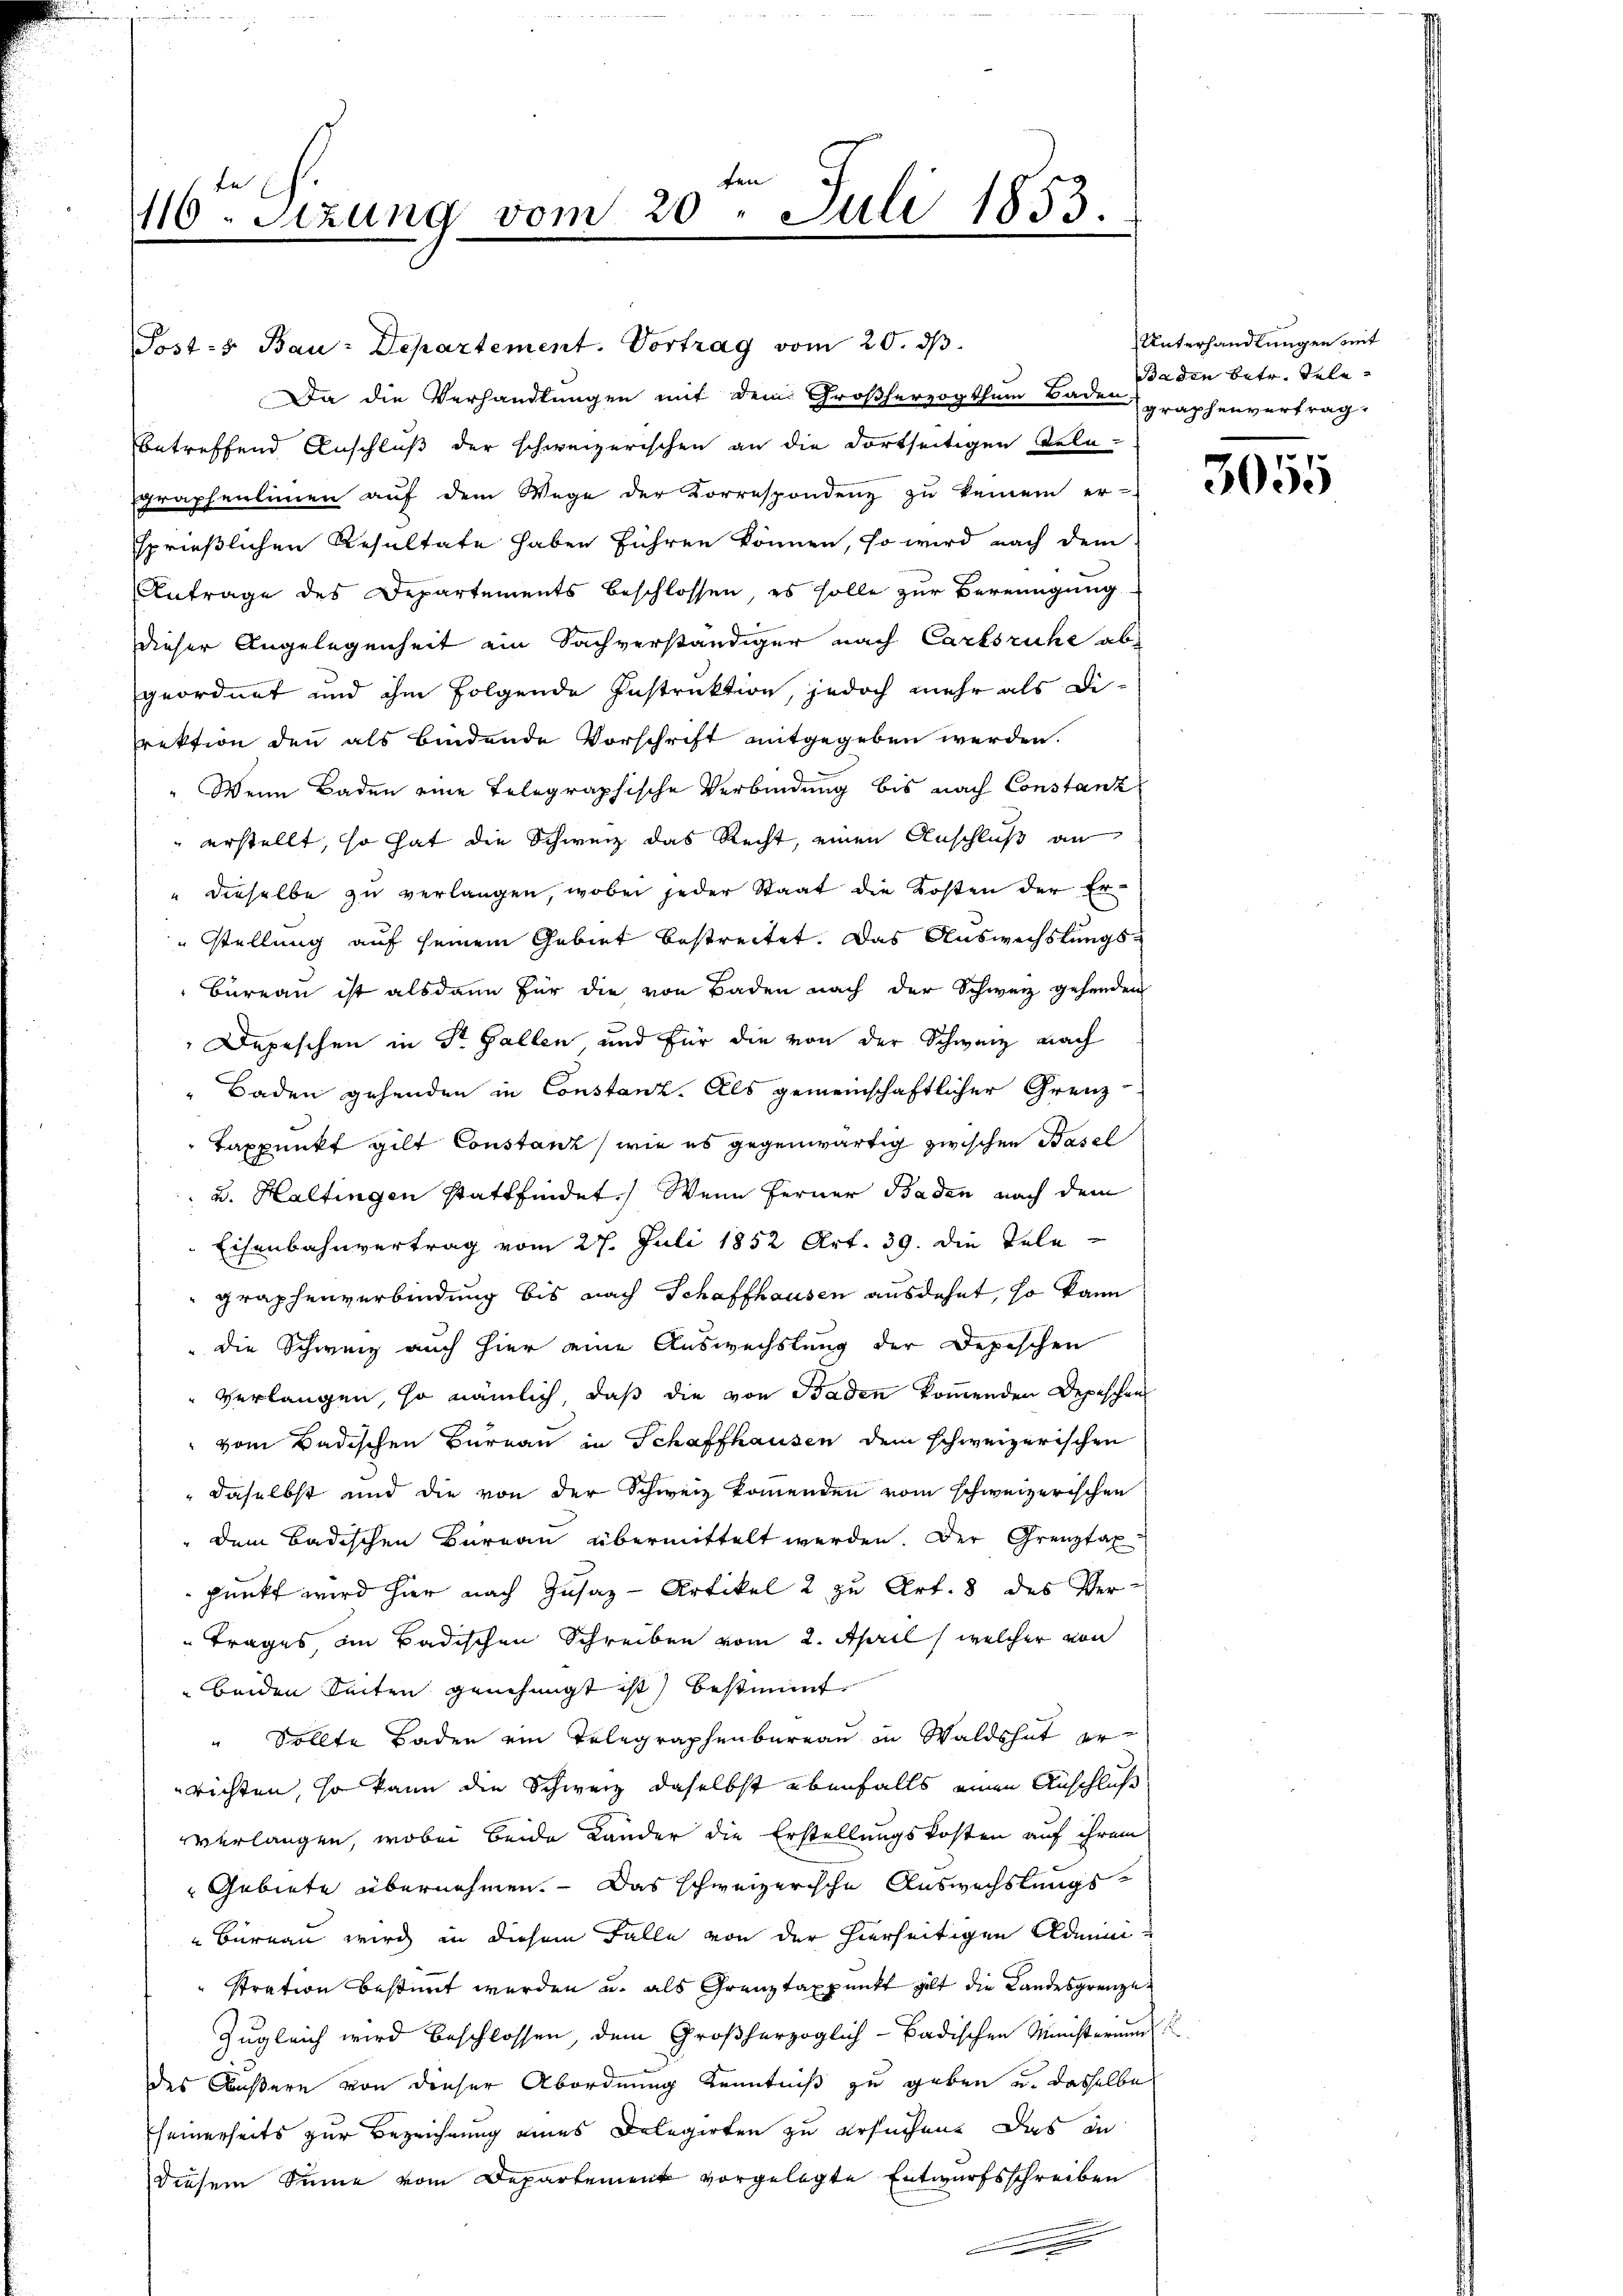
fe
116. Sizung vom 20. Juli 1853.

Post- Bau-Departement. Vortrag vom 20. ds.
Da die Verhandlungen mit dem Großherzogthum Baden, graphenvertrag-
betreffend Anschluß der schweizerischen an die dortseitigen Teleraphenlinien auf dem Wege der Korrespondenz zu keinem er-
sprießlichen Resultate haben führen können, so wird nach dem
Antrage des Departements beschlossen, es solle zur Bereinigung
dieser Angelegenheit ein Sachverständiger nach Carlsruhe abs
geordnet und ihm folgende Instruktion, jedoch mehr als Di-
rektion den als bindende Vorschrift mitgegeben werden.
Wenn Baden eine Telegraphische Verbindung bis nach Constanz
 erstellt, so hat die Schweiz das Recht, einen Anschluß an
" dieselbe zu verlangen, wobei jeder Staat die Kosten der Er¬
Stellung auf seinem Gebiet bestreitet. Das Auswechslungs¬
Bureau ist alsdann für die von Baden nach der Schweiz gehenden
Depeschen in St. Gallen, und für die von der Schweiz nach
Baden gehenden in Constanz. Als gemeinschaftlicher Grenz-
Taxpunkt gilt Constanz, wie es gegenwärtig zwischen Basel
 u. Haltingen stattfindet. Wenn Ferner Baden nach dem
Eisenbahnvertrag vom 27. Juli 1852 Art. 39. die Telegraphenverbindung bis nach Schaffhausen ausdehnt, so kann
die Schweiz auch hier eine Auswechslung der Depischen
verlangen, so nämlich, daß die von Baden kommenden Depeschen
vom Badischen Bureau in Schaffhausen dem schweizerischen
daselbst und die von der Schweiz kommenden vom schweizerischen
dem Badischen Bureau übermittelt werden. Der Grenztax
punkt wird hier nach Zusaz-Artikel 2 zu Art. 8 des Ver¬
Trages im Badischen Schreiben vom 2. April, welcher von
beiden Seiten genehmigt ist) bestimmt.
" Sollte Baden ein Telegraphenbureau in Waldshut errichten, so kann die Schweiz daselbst ebenfalls einen Anschluß
verlangen, wobei beide Lander die Erstellungskosten auf ihrem
Gebiete übernehmen. — Das schweizerische Auswechslungs¬
Büreau wird in diesem Falle von der hierseitigen Administration bestimmt werden u. als Grenztaxpunkt gilt die Landesgrenze
Zugleich wird beschlossen, dem Großherzoglich-Badischen Ministerium
des Äußern von dieser Abordnung Kenntniß zu geben und dasselbe
Eseinerseits zur Bezeichnung eines Delegirten zu ersuchen. Das in
diesem Sinne vom Departement vorgelegte Entwurfsschreiben

Unterhandlungen mit
Baden betr. Tele¬

1

3055